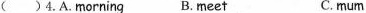
( )4.A.Morning B.Meet C.mum